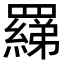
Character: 𦌢